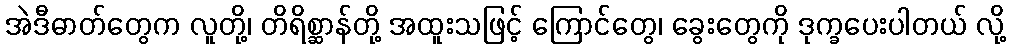
အဲဒီဓာတ်တွေက လူတို့၊ တိရိစ္ဆာန်တို့ အထူးသဖြင့် ကြောင်တွေ၊ ခွေးတွေကို ဒုက္ခပေးပါတယ် လို့